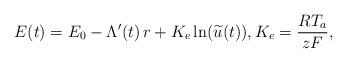
LaTeX: \begin{align*}E(t)=E_0-\Lambda'(t)\,r+K_e \ln(\widetilde u(t)),K_e=\frac{RT_a}{zF}, \end{align*}